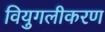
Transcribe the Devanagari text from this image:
वियुगलीकरण